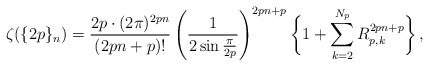
\begin{align*}\zeta(\{2p\}_n)=\frac{2p\cdot(2\pi)^{2p n}}{(2p n+p)!}\left(\frac{1}{2\sin\frac{\pi}{2p}}\right)^{2p n+p}\bigg\{1+\sum_{k=2}^{N_{p}}R_{p,k}^{2p n+p}\bigg\}\,,\end{align*}